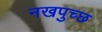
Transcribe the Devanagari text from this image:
नखपुच्छ